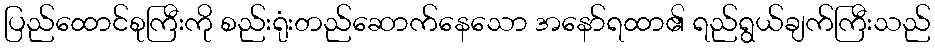
ပြည်ထောင်စုကြီးကို စည်းရုံးတည်ဆောက်နေသော အနော်ရထာ၏ ရည်ရွယ်ချက်ကြီးသည်